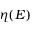
\eta ( E )